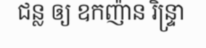
ជន្ល ឲ្យ ឧកញ៉ាន រិន្ទ្រា